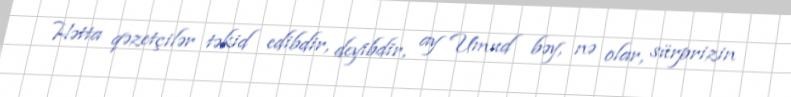
Hətta qəzetçilər təkid edibdir, deyibdir, ay Umud bəy, nə olar, sürprizin